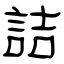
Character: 詰